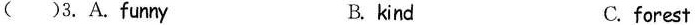
( )3.A.funny B. kind C. forest